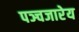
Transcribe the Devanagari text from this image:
पञ्चजारेय